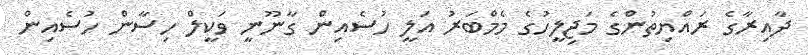
ދާއިރާގެ ރައްޔިތުންގެ މަޖިލީހުގެ މެމްބަރު އަލީ ހުސެއިން ގާނޫނީ ވަކީލް ހިސާން ހުސެއިން